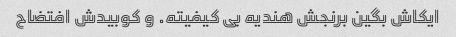
ایکاش بگین برنجش هندیه بی کیفیته. و کوبیدش افتضاح